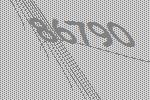
86790